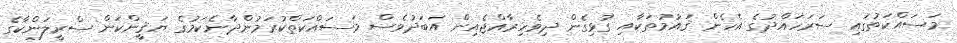
މަސައްކަތުގައި ސަރަހައްދުގެ އެހެން ޤައުމުތަކާއި ގުޅިގެން ދިވެހިރާއްޖެއިން އަބަދުވެސް މަސައްކަތްކުރަމުންދާނެކަމުގެ ޔަޤީންކަން ސްރީލަންކާގެ